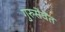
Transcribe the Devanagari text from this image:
गुरुसेवेंत